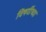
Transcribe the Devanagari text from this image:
विषयींच्या